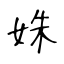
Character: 姝